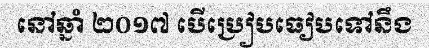
នៅឆ្នាំ ២០១៧ បើប្រៀបធៀបទៅនឹង